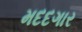
મદદગાર